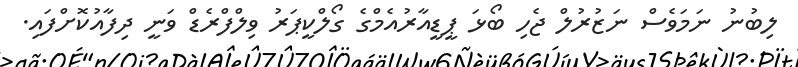
ލިބުނު ނަމަވެސް ނަޒުރުލް ޖެހި ބޯޅަ ޕީޑީއާރުއެމްގެ ގޯލްކީޕަރު ވިލްފްރެޑް ވަނީ ދިފާއުކޮށްފައި.